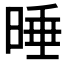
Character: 𣇦